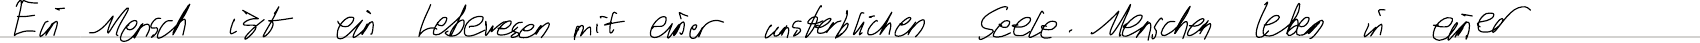
Ein Mensch ist ein Lebewesen mit einer unsterblichen Seele. Menschen leben in einer